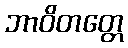
ဘာဝိတတ္တေ